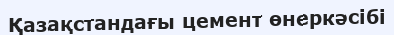
Қазақстандағы цемент өнеркәсібі